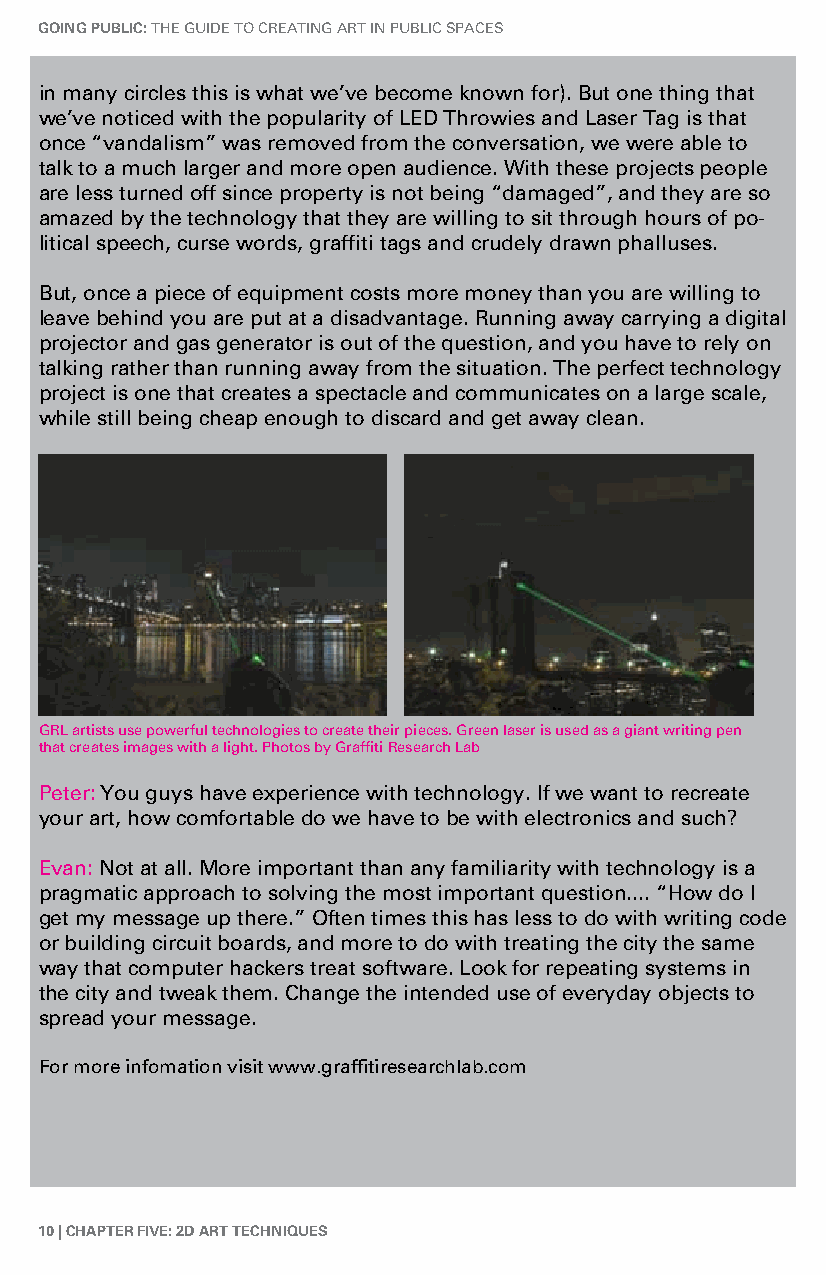
GoinG Public: The Guide To CreaTinG arT in PubliC SPaCeS
 in many circles this is what we’ve become known for). but one thing that
 we’ve noticed with the popularity of led Throwies and laser Tag is that
 once “vandalism” was removed from the conversation, we were able to
 talk to a much larger and more open audience. With these projects people
 are less turned off since property is not being “damaged”, and they are so
 amazed by the technology that they are willing to sit through hours of po-
 litical speech, curse words, graffiti tags and crudely drawn phalluses.
 but, once a piece of equipment costs more money than you are willing to
 leave behind you are put at a disadvantage. running away carrying a digital
 projector and gas generator is out of the question, and you have to rely on
 talking rather than running away from the situation. The perfect technology
 project is one that creates a spectacle and communicates on a large scale,
 while still being cheap enough to discard and get away clean.
 Grl artists use powerful technologies to create their pieces. Green laser is used as a giant writing pen
 that creates images with a light. Photos by Graffiti research lab
 Peter: You guys have experience with technology. if we want to recreate
 your art, how comfortable do we have to be with electronics and such?
 evan: not at all. More important than any familiarity with technology is a
 pragmatic approach to solving the most important question.... “how do i
 get my message up there.” often times this has less to do with writing code
 or building circuit boards, and more to do with treating the city the same
 way that computer hackers treat software. look for repeating systems in
 the city and tweak them. Change the intended use of everyday objects to
 spread your message.
 For more infomation visit www.graffitiresearchlab.com
 10 | chaPter five: 2d art techniques